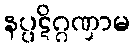
နပ္ပဋိဂ္ဂဏှာမ